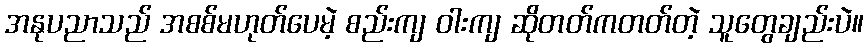
အနုပညာသည် အစစ်မဟုတ်ပေမဲ့ စည်းကျ ဝါးကျ ဆိုတတ်ကတတ်တဲ့ သူတွေချည်းပဲ။